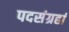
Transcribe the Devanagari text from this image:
पदसंग्रहां